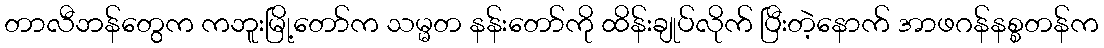
တာလီဘန်တွေက ကဘူးမြို့တော်က သမ္မတ နန်းတော်ကို ထိန်းချုပ်လိုက် ပြီးတဲ့နောက် အာဖဂန်နစ္စတန်က